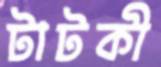
টাটকী